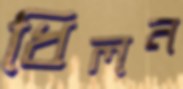
ধিলন